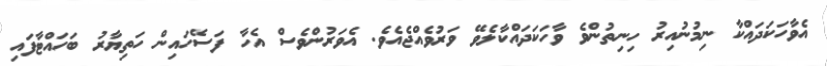
އެވާހަކަދައްކާ ނިމުނުއިރު ހިނިތުންވެ ވާހަކަދައްކާލެވޭ ވަރުވެއްޖެއެވެ. އެވަރުންވެސް އެހާ ފަސޭހައިން ހަތިޔާރު ބަހައްޓާފައި